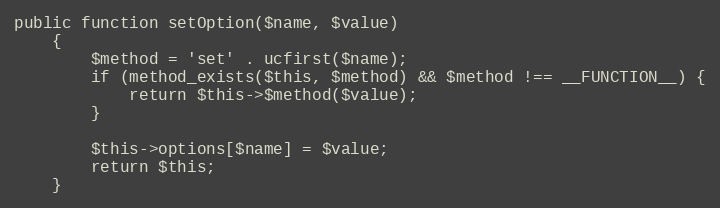
Language: PHP
public function setOption($name, $value)
    {
        $method = 'set' . ucfirst($name);
        if (method_exists($this, $method) && $method !== __FUNCTION__) {
            return $this->$method($value);
        }

        $this->options[$name] = $value;
        return $this;
    }